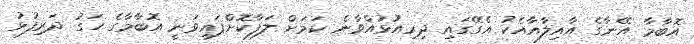
އޮބާމާ އޭނާގެ އާއިލާއާއެކު އެގޭގައި ދިރިއުޅުއްވާނެ ކަމަށް ލަފާކޮށްފައިވަނީ އޮބާމާގެ ހަގު ދަރިފުޅު